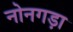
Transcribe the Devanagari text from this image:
नोनगड़ा